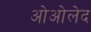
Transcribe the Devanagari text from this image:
ओओलेद